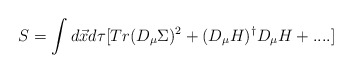
\begin{align*}S=\int d\vec x d\tau [Tr(D_{\mu}\Sigma)^2 + (D_{\mu}H)^{\dagger}D_{\mu}H+....]\end{align*}